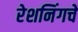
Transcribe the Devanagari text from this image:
रेशनिंगचे